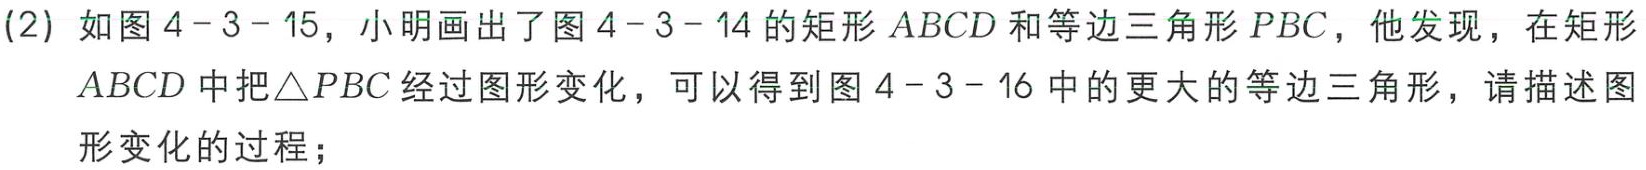
(2) 如图4 - 3 - 15，小明画出了图4 - 3 - 14的矩形 \(ABCD\) 和等边三角形 \(PBC\)，他发现，在矩形 \(ABCD\) 中把\(\triangle PBC\) 经过图形变化，可以得到图4 - 3 - 16中的更大的等边三角形，请描述图形变化的过程；